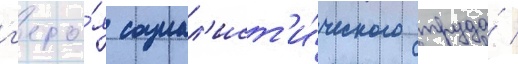
г'еро́я социал'ист'и́ческого труда́ /